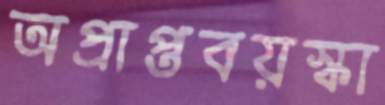
অপ্রাপ্তবয়স্কা